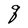
Character: q